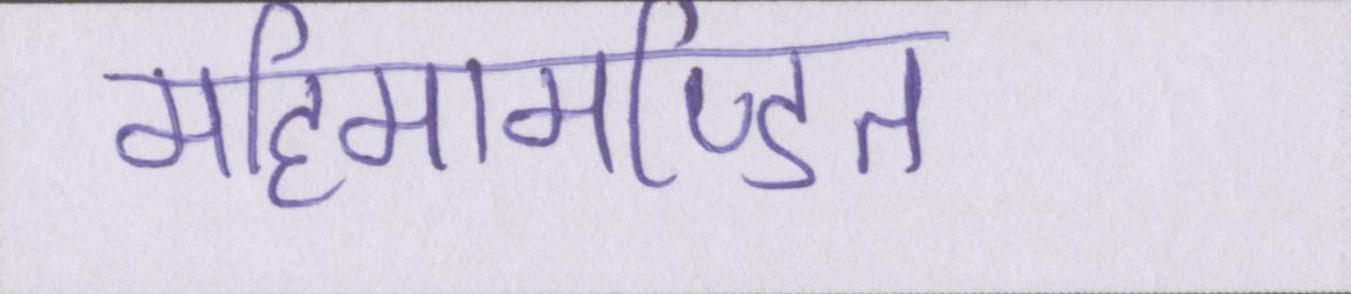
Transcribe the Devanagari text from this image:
महिमामण्डित